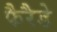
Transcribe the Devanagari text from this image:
फैरैडे